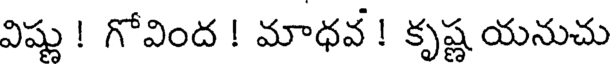
విష్ణు ! గోవింద ! మాధవ ! కృష్ణ యనుచు